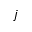
j